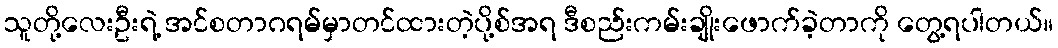
သူတို့လေးဦးရဲ့ အင်စတာဂရမ်မှာတင်ထားတဲ့ပို့စ်အရ ဒီစည်းကမ်းချိုးဖောက်ခဲ့တာကို တွေ့ရပါတယ်။